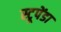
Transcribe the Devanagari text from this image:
स्टूपेंडा